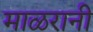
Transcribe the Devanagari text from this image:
माळरानी